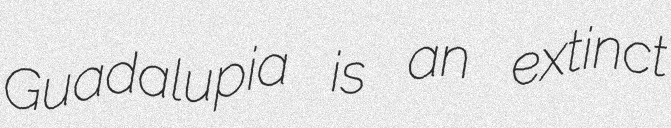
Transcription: Guadalupia is an extinct